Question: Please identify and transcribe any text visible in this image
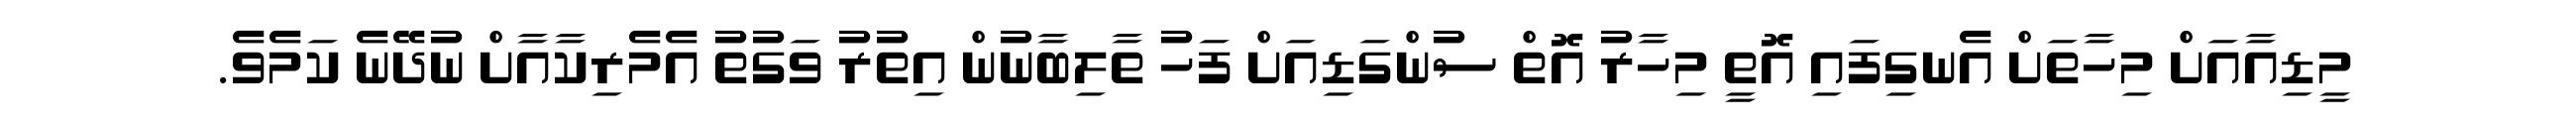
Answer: މީޑިއާއަށް މިހާތަށް އެނގިފައި އޮތީ މިހާރު އޮތް ސުންގަޑިއަށް ފަހު ތާލިބާނުން އިތުރު ވަގުތު އެމެރިކާއާށް ނުދޭނެ ކަމެވެ.